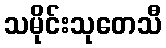
သမိုင်းသုတေသီ